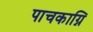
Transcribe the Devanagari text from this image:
पाचकाग्नि